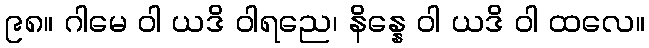
၉၈။ ဂါမေ ဝါ ယဒိ ဝါရညေ၊ နိန္နေ ဝါ ယဒိ ဝါ ထလေ။